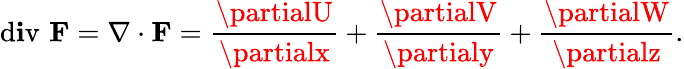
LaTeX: \operatorname{d\mathbf{i}v}\, \mathbf{{F}}=\nabla\cdot\mathbf{{F}}={\frac{{\partialU}}{{\partialx}}}+{\frac{{\partialV}}{{\partialy}}}+{\frac{{\partialW}}{{\partialz}}}.